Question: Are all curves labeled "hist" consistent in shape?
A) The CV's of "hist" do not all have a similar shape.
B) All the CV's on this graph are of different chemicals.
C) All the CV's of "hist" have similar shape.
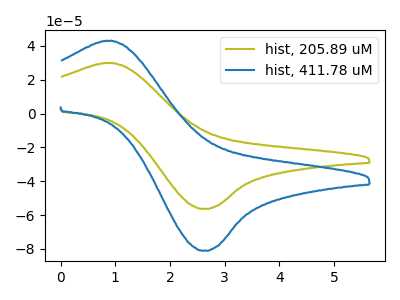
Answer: <think>The olive curve "hist, 205.89 uM" has an anodic peak at (0.85V, 29.95uA) and a cathodic peak at (2.60V, -56.40uA). The blue curve "hist, 411.78 uM" has an anodic peak at (0.85V, 43.05uA) and a cathodic peak at (2.60V, -81.10uA).
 All the peaks in "hist, 205.89 uM" have a peak in "hist, 411.78 uM" at the same potential. Every peak in "hist, 205.89 uM" is lower than every peak in "hist, 411.78 uM".</think>
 <answer>C) All the CV's of "hist" have similar shape.</answer>
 <eval>C</eval>